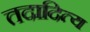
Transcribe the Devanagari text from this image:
तदादित्य